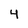
Character: 4